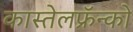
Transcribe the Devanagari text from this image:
कास्तेलफ्रॅन्को